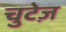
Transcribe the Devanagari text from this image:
चुटेज़